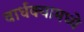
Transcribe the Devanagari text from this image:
वार्धक्यामध्ये